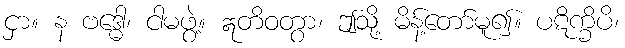
ငှာ။ န ဗဒ္ဓေါ၊ ငါမဖွဲ့။ ဣတိဝတွာ၊ ဤသို့ မိန့်တော်မူ၍။ ပဋိက္ခိပိ၊